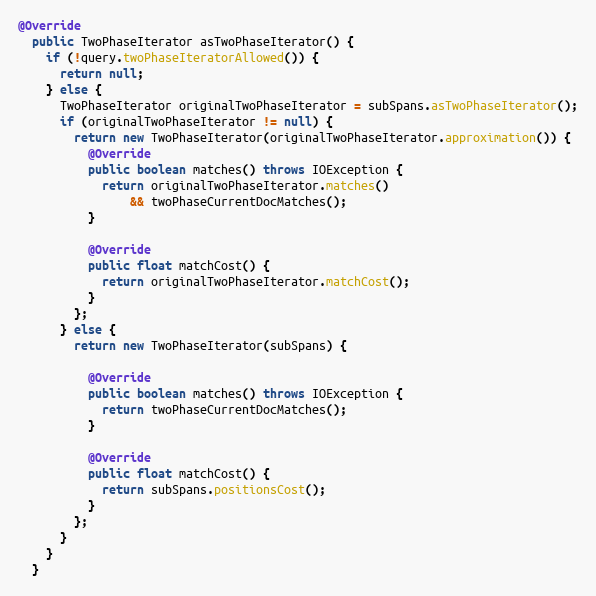
Language: Java
@Override
  public TwoPhaseIterator asTwoPhaseIterator() {
    if (!query.twoPhaseIteratorAllowed()) {
      return null;
    } else {
      TwoPhaseIterator originalTwoPhaseIterator = subSpans.asTwoPhaseIterator();
      if (originalTwoPhaseIterator != null) {
        return new TwoPhaseIterator(originalTwoPhaseIterator.approximation()) {
          @Override
          public boolean matches() throws IOException {
            return originalTwoPhaseIterator.matches()
                && twoPhaseCurrentDocMatches();
          }

          @Override
          public float matchCost() {
            return originalTwoPhaseIterator.matchCost();
          }
        };
      } else {
        return new TwoPhaseIterator(subSpans) {

          @Override
          public boolean matches() throws IOException {
            return twoPhaseCurrentDocMatches();
          }

          @Override
          public float matchCost() {
            return subSpans.positionsCost();
          }
        };
      }
    }
  }